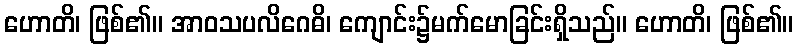
ဟောတိ၊ ဖြစ်၏။ အာဝသပလိဂေဓိ၊ ကျောင်း၌မက်မောခြင်းရှိသည်။ ဟောတိ၊ ဖြစ်၏။